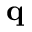
\mathbf { q }